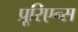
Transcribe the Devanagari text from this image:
प्रूरिएन्स